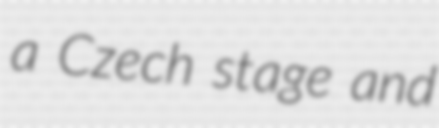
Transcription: a Czech stage and